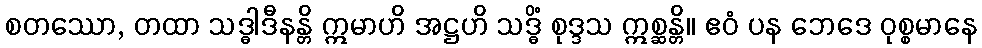
စတဿော, တထာ သဒ္ဓါဒီနန္တိ ဣမာဟိ အဋ္ဌဟိ သဒ္ဓိံ စုဒ္ဒသ ဣစ္ဆန္တိ။ ဧဝံ ပန ဘေဒေ ဝုစ္စမာနေ